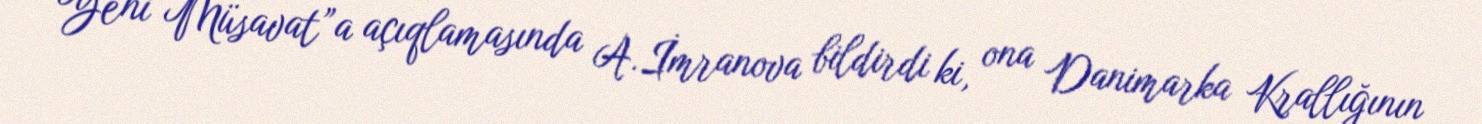
“Yeni Müsavat”a açıqlamasında A.İmranova bildirdi ki, ona Danimarka Krallığının